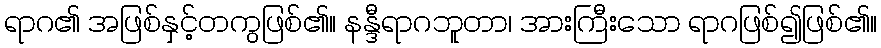
ရာဂ၏ အဖြစ်နှင့်တကွဖြစ်၏။ နန္ဒီရာဂဘူတာ၊ အားကြီးသော ရာဂဖြစ်၍ဖြစ်၏။